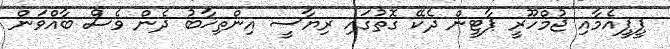
ޕީޕީއެމާއި ޖުމްހޫރީ ޕާޓީން ދެކޭ ގޮތުގައި ރިޔާސީ އިންތިޚާބު ދެން ވެސް ބާއްވަން